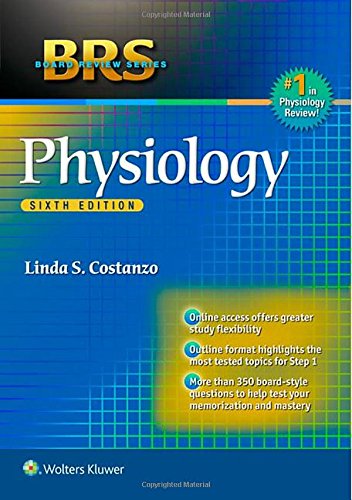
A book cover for BRS Physiology (Board Review Series); Linda S. Costanzo PhD; Medical Books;